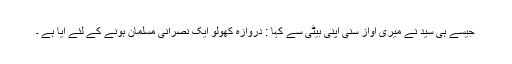
جیسے ہی سید نے میری آواز سنی اپنی بیٹی سے کہا : دروازہ کھولو ایک نصرانی مسلمان ہونے کے لئے آیا ہے ۔